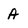
Character: A